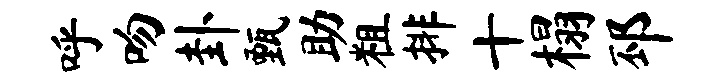
呼吻卦甄助粗排十榻邳